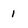
Character: 1